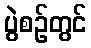
ပွဲစဉ်တွင်